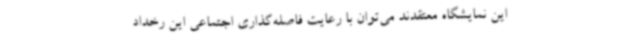
این نمایشگاه معتقدند می‌توان با رعایت فاصله‌گذاری اجتماعی این رخداد